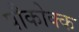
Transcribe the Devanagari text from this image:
पौकोक्क